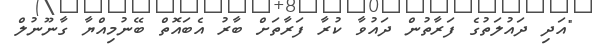
"އަދި ދައުލަތުގެ ފަރާތުން ދައުވާ ކުރާ ފަރާތަށް ބާރު އެބައޮތް ބޭނުމިއްޔާ ގާނޫނުލް